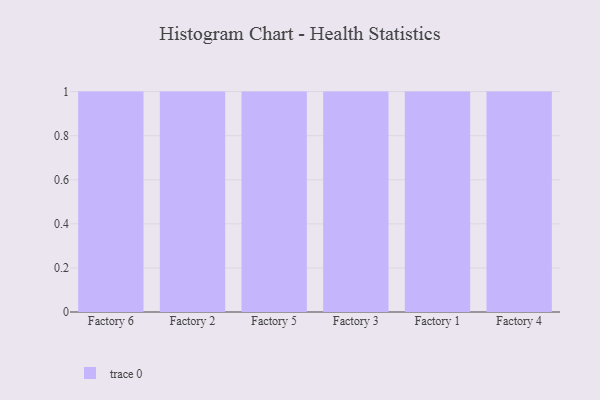
{"axis": {"x": "Factory", "y": "Bounce Rate (%)"}, "legend": [""], "data": [{"x": "Factory 6", "y": 47, "type": ""}, {"x": "Factory 2", "y": 64, "type": ""}, {"x": "Factory 5", "y": 15, "type": ""}, {"x": "Factory 3", "y": 41, "type": ""}, {"x": "Factory 1", "y": 55, "type": ""}, {"x": "Factory 4", "y": 84, "type": ""}]}